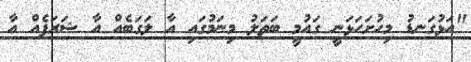
"އަޅުގަނޑު މިހުށަހަޅަނީ ގައުމީ ބަތަލު މިނަމުގައި އާ ލަގަބެއް އާ ޝަރަފެއް އާ